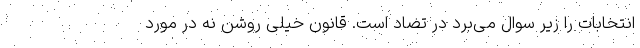
انتخابات را زیر سوال می‌برد در تضاد است. قانون خیلی روشن نه در مورد